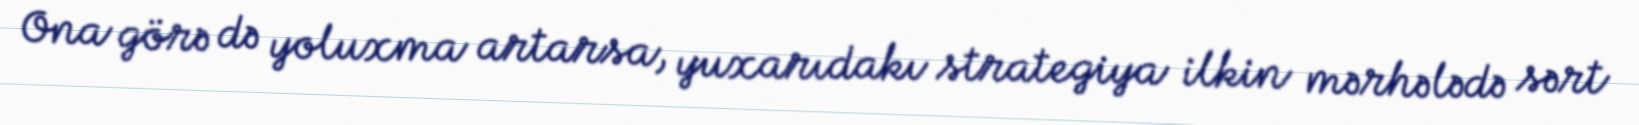
Ona görə də yoluxma artarsa, yuxarıdakı strategiya ilkin mərhələdə sərt